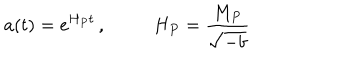
LaTeX: a ( t ) = e ^ { H _ { P } t } \, , \, \, \, \, \, \, \, \, \, \, \, \, \, \, \, H _ { P } = \frac { M _ { P } } { \sqrt { - b } }